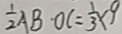
\frac { 1 } { 2 } A B \cdot O C = \frac { 1 } { 3 } \times 9